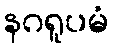
နဂရူပမံ